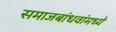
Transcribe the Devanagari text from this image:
समाजबांधवांमध्ये